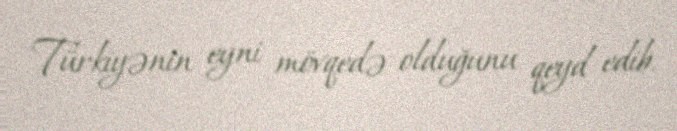
Türkiyənin eyni mövqedə olduğunu qeyd edib.